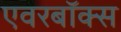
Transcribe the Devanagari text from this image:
एवरबॉक्स